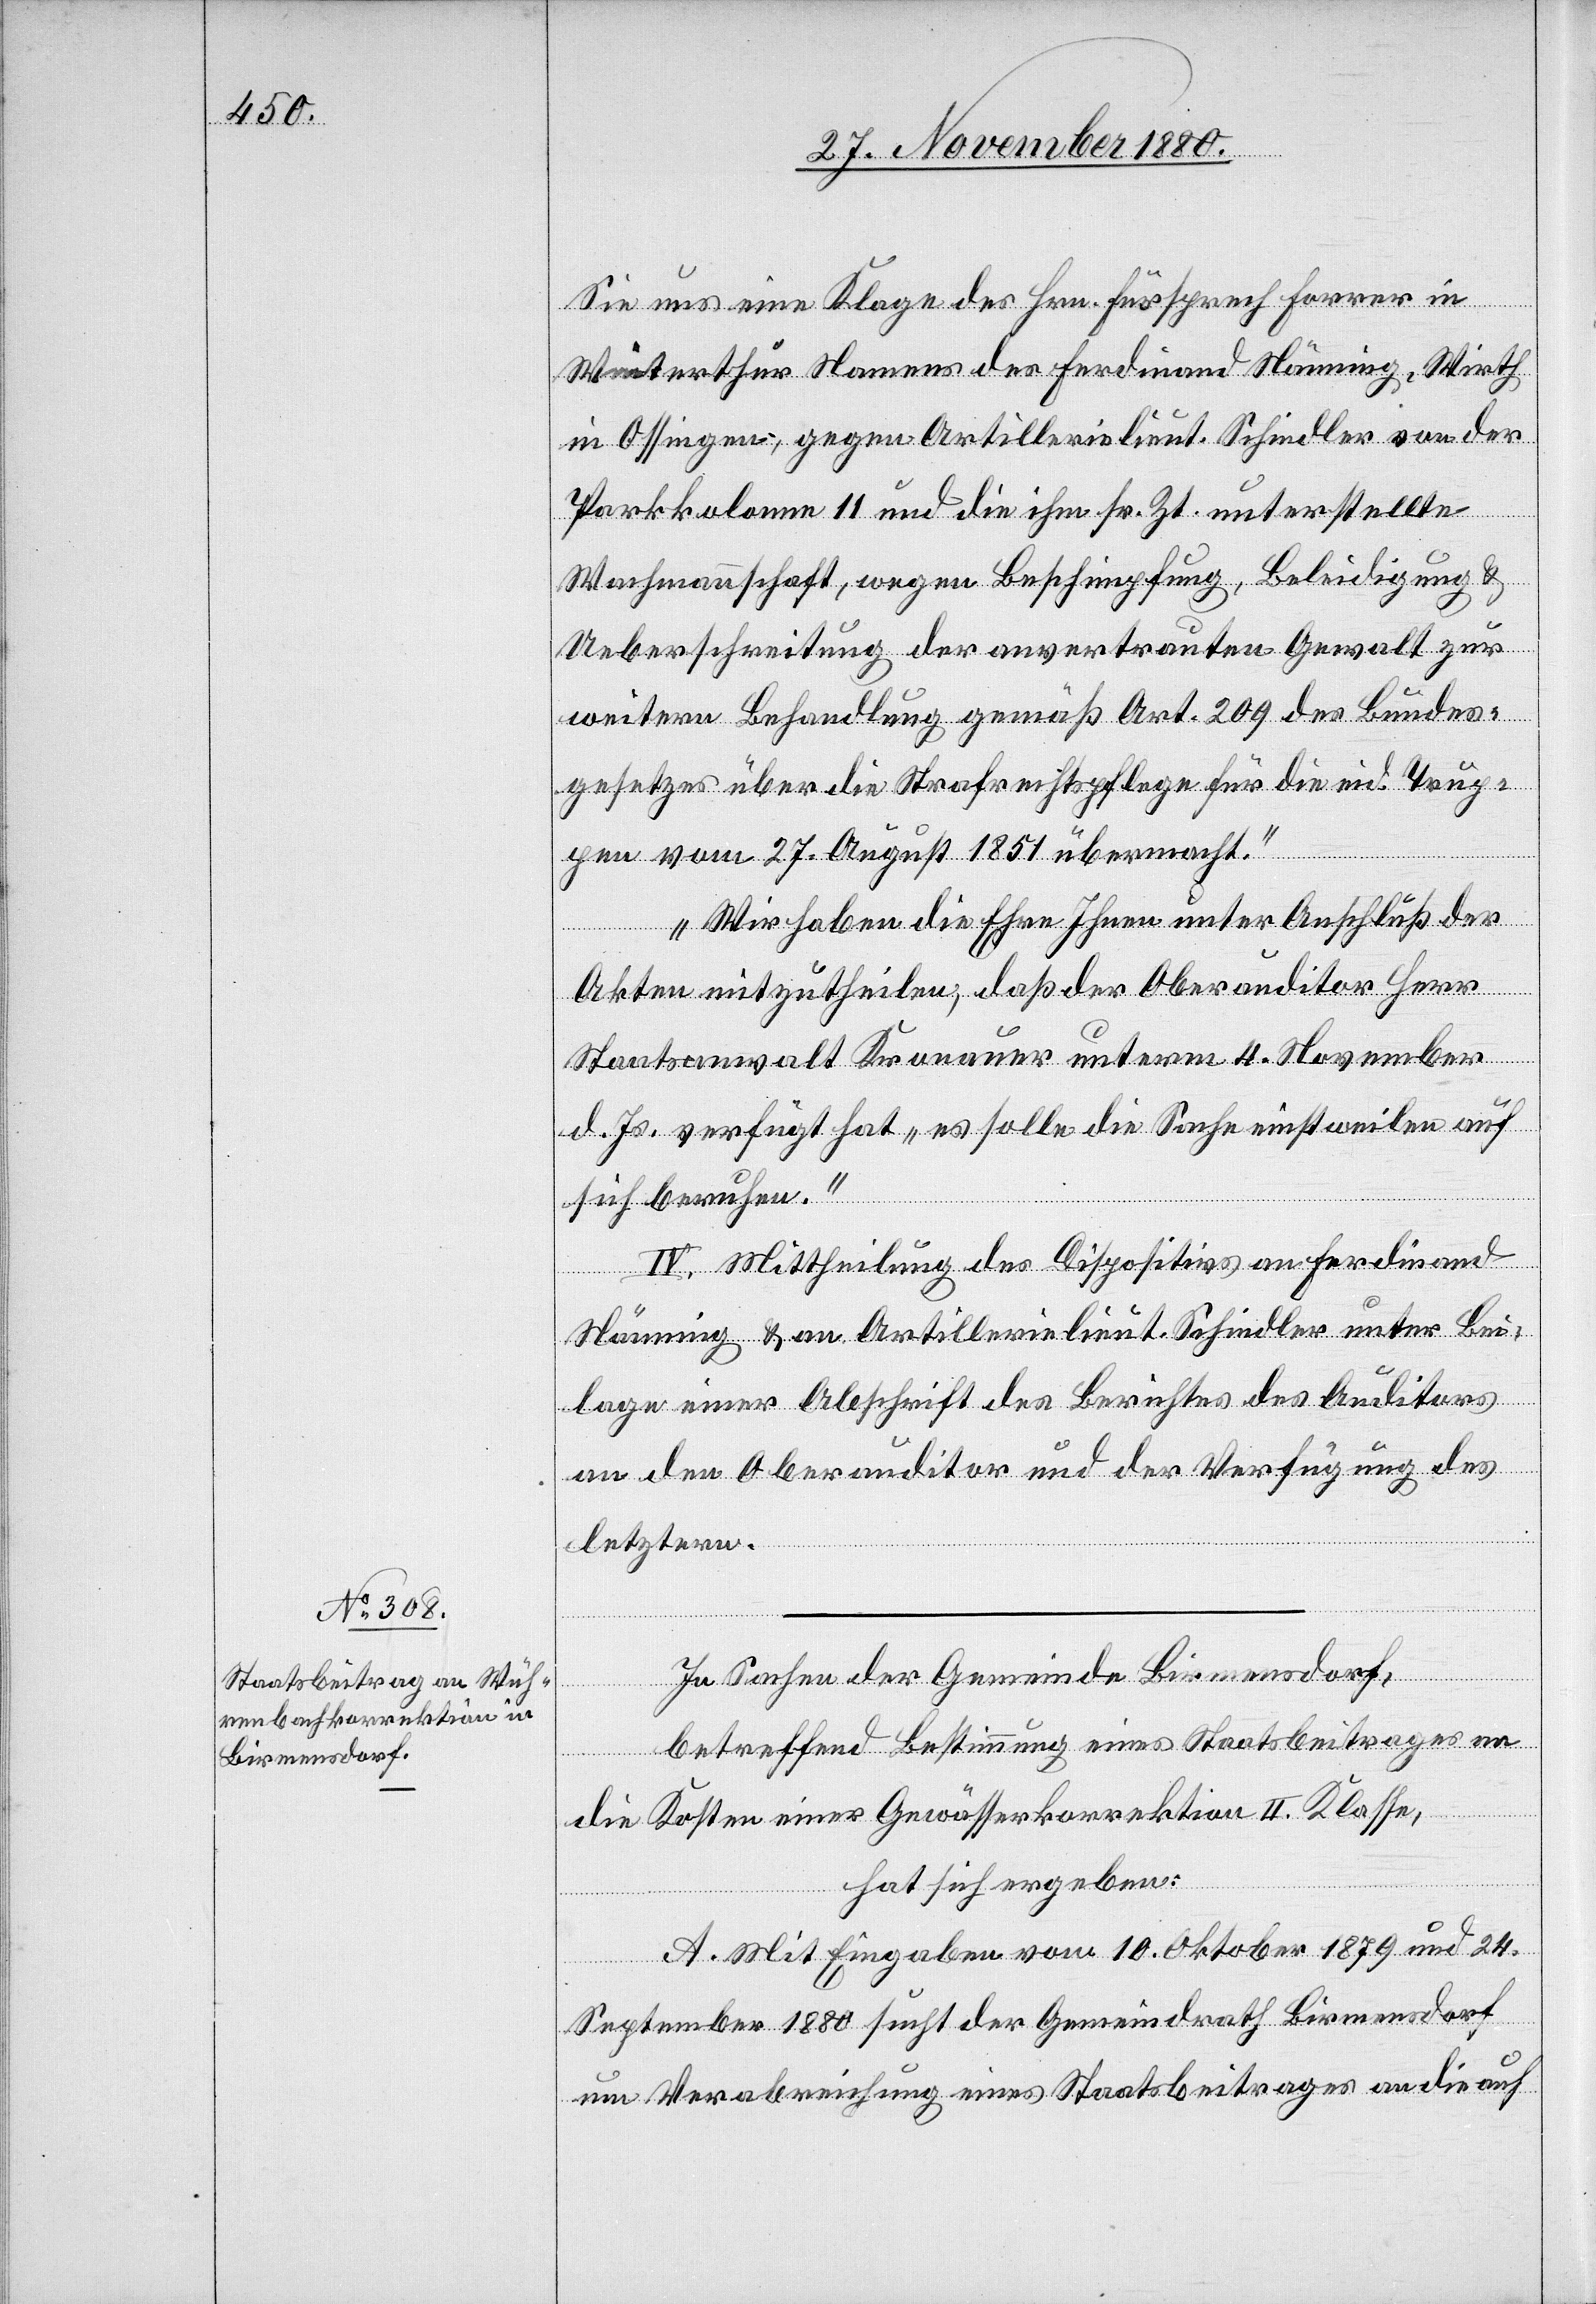
Sie uns eine Klage des Hrn. Fürsprech Forrer in
Winterthur Namens des Ferdinand Nänning, Wirth
in Ossingen, gegen Artillerielieut. Schindler von der
Parkkolonne 11 und die ihm sr. Zt. unterstellte
Wachmannschaft, wegen Beschimpfung, Beleidigung &
Ueberschreitung der anvertrauten Gewalt zur
weitern Behandlung gemäß Art. 209 des Bundes¬
gesetzes über die Strafrechtspflege für die eid. Trup¬
pen vom 27. August 1851 übermacht.
Wir haben die Ehre Ihnen unter Anschluß der
Akten mitzutheilen, daß der Oberauditor Herr
Staatsanwalt Kronauer unter 4. November
d. Js. verfügt hat „es solle die Sache einstweilen auf
sich beruhen.“
IV. Mittheilung des Dispositivs an Ferdinand
Nänning & an Artillerielieut. Schindler unter Bei¬
lage einer Abschrift des Berichtes des Auditors
an den Oberauditor und der Verfügung des
letztern.
In Sachen der Gemeinde Birmensdorf,
betreffend Bestimmung eines Staatsbeitrages an
die Kosten einer Gewässerkorrektion II. Klasse,
hat sich ergeben:
A. Mit Eingabe vom 10. Oktober 1879 und 24.
September 1880 sucht der Gemeindrath Birmensdorf
um Verabreichung eines Staatsbeitrages an die auf